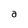
Character: a